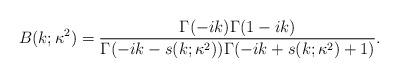
LaTeX: \begin{align*}B(k;\kappa^2)=\frac{\Gamma(-ik)\Gamma(1-ik)}{\Gamma(-ik-s(k;\kappa^2))\Gamma(-ik+s(k;\kappa^2)+1)}.\end{align*}